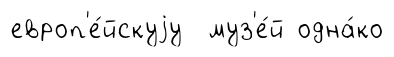
европ'е́йскуjу муз'е́й одна́ко